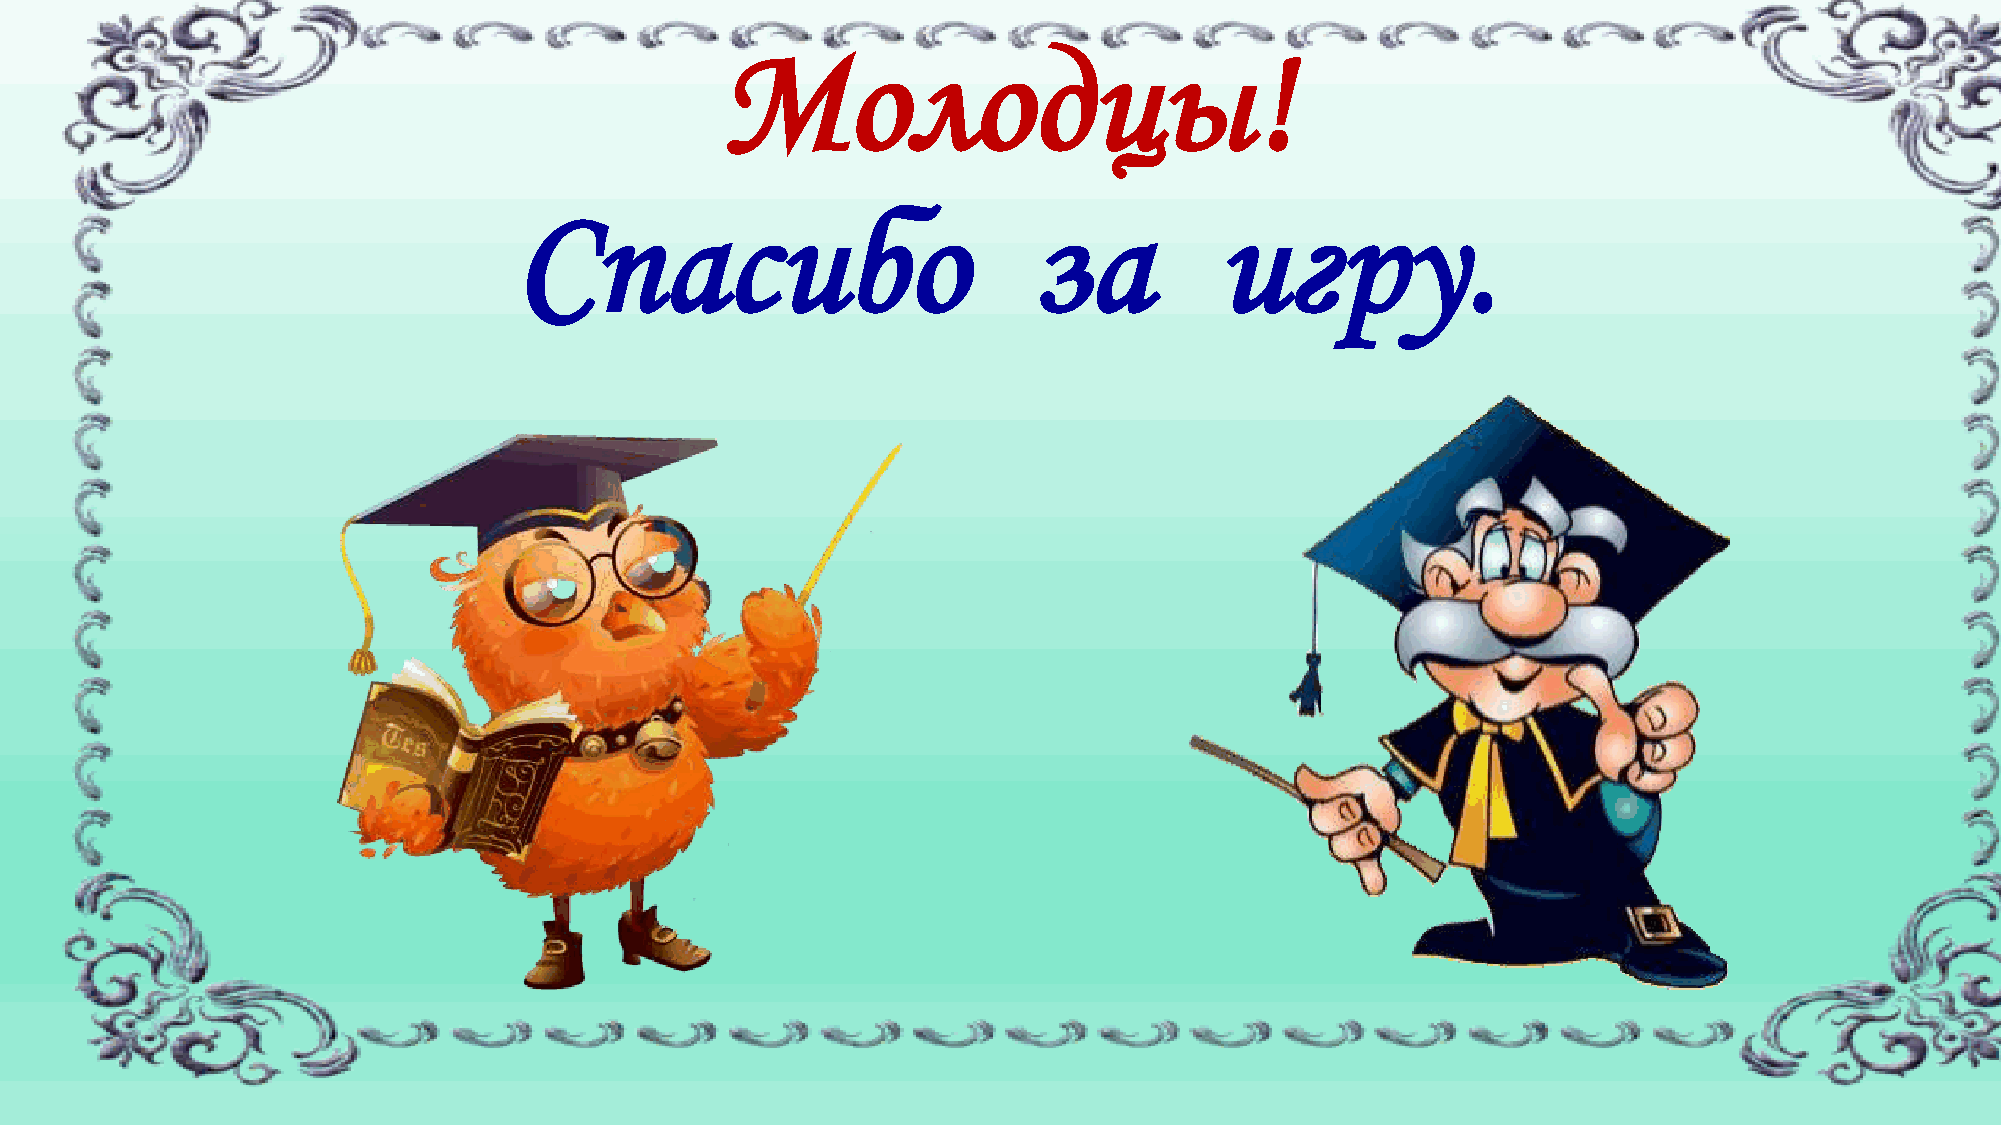
Молодцы!
 Спасибо                           за           игру.